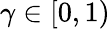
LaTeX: \gamma\in[0,1)